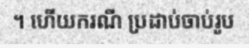
។ ហើយករណី ប្រដាប់ចាប់រូប